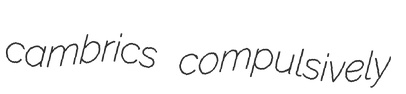
cambrics compulsively